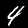
Digit: 4